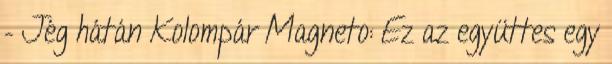
– Jég hátán Kolompár Magneto: Ez az együttes egy